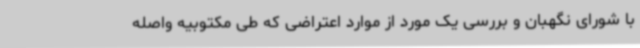
با شورای نگهبان و بررسی یک مورد از موارد اعتراضی که طی مکتوبیه واصله